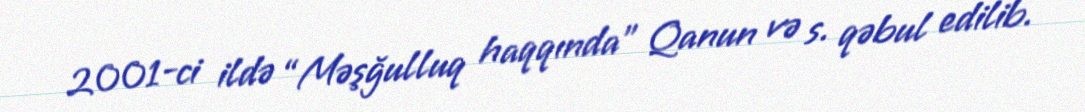
2001-ci ildə “Məşğulluq haqqında” Qanun və s. qəbul edilib.